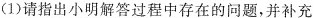
(1)请指出小明解答过程中存在的问题，并补充